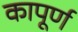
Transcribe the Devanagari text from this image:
कापूर्ण